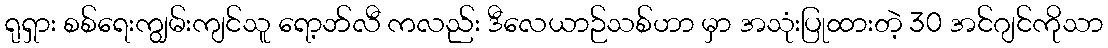
ရုရှား စစ်ရေးကျွမ်းကျင်သူ ရော့ဘ်လီ ကလည်း ဒီလေယာဉ်သစ်ဟာ မှာ အသုံးပြုထားတဲ့ 30 အင်ဂျင်ကိုသာ